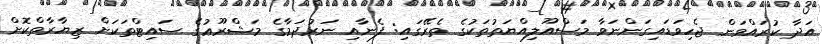
އަދާ ކުރައްވަން ޖެހިވަޑައިގަންނަވާ މަސްއޫލިއްޔަތުތަކުގެ ތެރޭގައި: ފެނާއި ނަރުދަމާގެ މަޝްރޫޢުގެ ސައިޓްތަކަށް ޒިޔާރާތްކޮށް